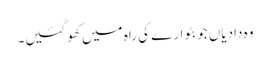
وہ دادیاں جو بٹوارے کی راہ میں کھو گئیں۔